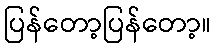
ပြန်တော့ပြန်တော့။